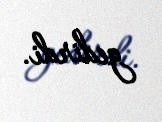
gedirdi.